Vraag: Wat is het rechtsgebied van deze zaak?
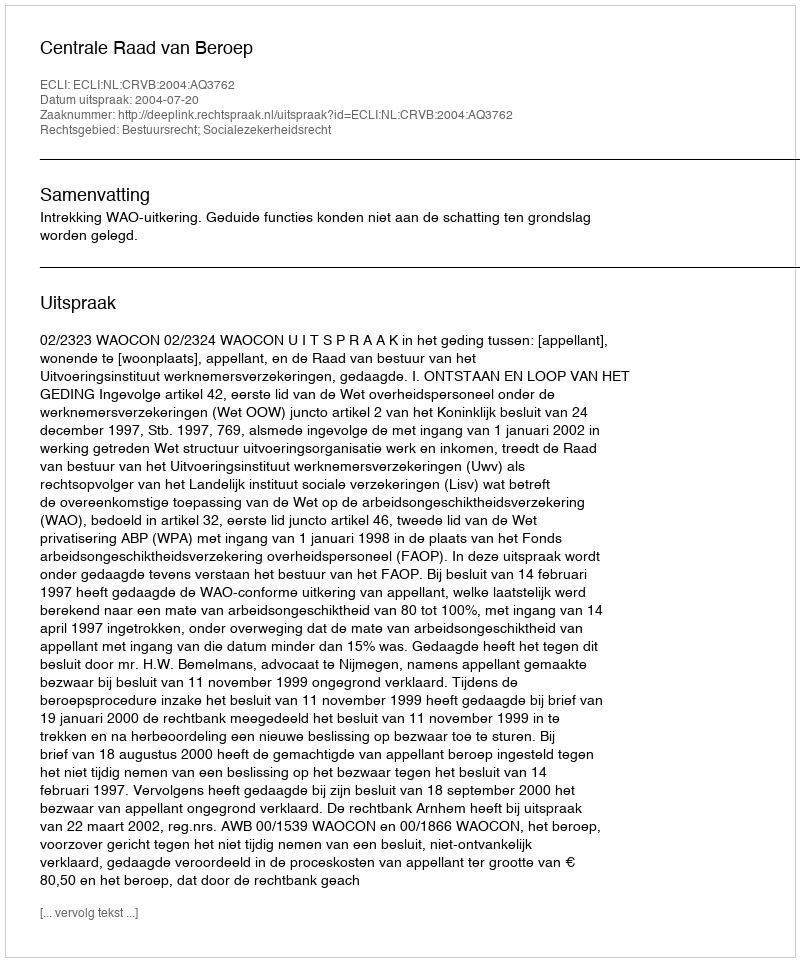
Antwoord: Bestuursrecht; Socialezekerheidsrecht